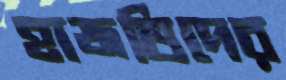
হাজতিদের